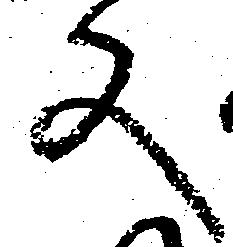
文